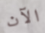
الآن